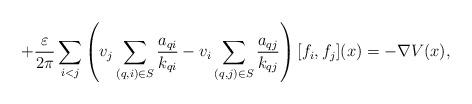
LaTeX: \begin{align*}+\frac{\varepsilon}{2\pi}\sum_{i<j}\left(v_j\sum_{(q,i)\in S}\frac{a_{qi}}{k_{qi}}-v_i\sum_{(q,j)\in S}\frac{a_{qj}}{k_{qj}}\right)[f_i,f_j](x)= -\nabla V(x),\end{align*}